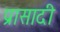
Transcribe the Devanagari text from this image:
प्रासादी